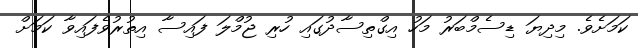
ކަމަށެވެ. މިދިޔަ ޑިސެމްބަރު މަހު އިގްތިސާދުގައި ހުރި ޖުމްލަ ފައިސާ އިތުރުވެފައިވާ ކަމަށް